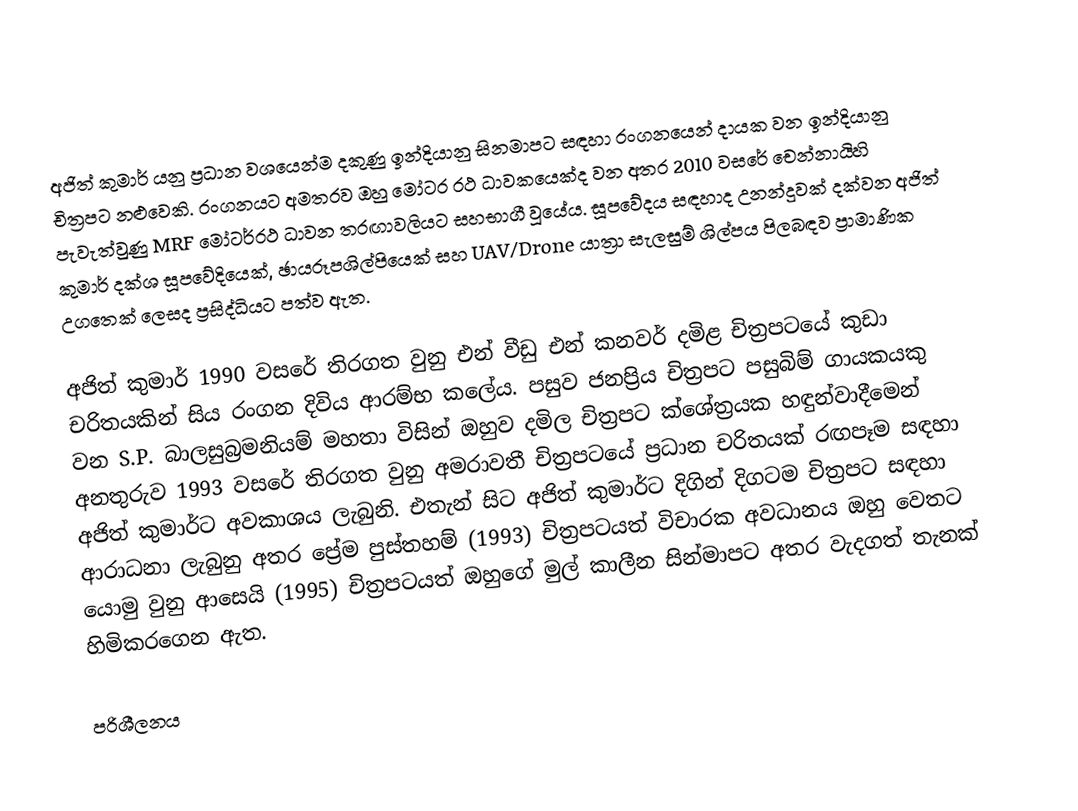
අජිත් කුමාර් යනු ප්‍රධාන වශයෙන්ම දකුණු ඉන්දියානු සිනමාපට සඳහා රංගනයෙන් දායක වන ඉන්දියානු චිත්‍රපට නළුවෙකි. රංගනයට අමතරව ඔහු මෝටර රථ ධාවකයෙක්ද වන අතර 2010 වසරේ චෙන්නායිහි පැවැත්වුණු MRF මෝටර්රථ ධාවන තරඟාවලියට සහභාගී වූයේය.  සූපවේදය සඳහාද උනන්දුවක් දක්වන අජිත් කුමාර් දක්ශ සූපවේදියෙක්, ඡායරූපශිල්පියෙක් සහ UAV/Drone යාත්‍රා සැලසුම් ශිල්පය පිලබඳව ප්‍රාමාණික උගතෙක් ලෙසද ප්‍රසිද්ධියට පත්ව ඇත.

අජිත් කුමාර් 1990 වසරේ තිරගත වුනු එන් වීඩු එන් කනවර් දමිළ චිත්‍රපටයේ කුඩා චරිතයකින් සිය රංගන දිවිය ආරම්භ කලේය. පසුව ජනප්‍රිය චිත්‍රපට පසුබිම් ගායකයකු වන S.P. බාලසුබ්‍රමනියම් මහතා විසින් ඔහුව දමිල චිත්‍රපට ක්ශේත්‍රයක හඳුන්වාදීමෙන් අනතුරුව 1993 වසරේ තිරගත වුනු අමරාවතී චිත්‍රපටයේ ප්‍රධාන චරිතයක් රඟපෑම සඳහා අජිත් කුමාර්ට අවකාශය ලැබුනි. එතැන් සිට අජිත් කුමාර්ට දිගින් දිගටම චිත්‍රපට සඳහා ආරාධනා ලැබුනු අතර ප්‍රේම පුස්තහම් (1993) චිත්‍රපටයත් විචාරක අවධානය ඔහු වෙතට යොමු වුනු ආසෙයි (1995) චිත්‍රපටයත් ඔහුගේ මුල් කාලීන සින්මාපට අතර වැදගත් තැනක් හිමිකරගෙන ඇත.

පරිශීලනය